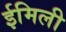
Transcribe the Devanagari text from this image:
ईमिली